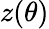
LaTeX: z(\theta)